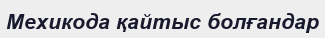
Мехикода қайтыс болғандар